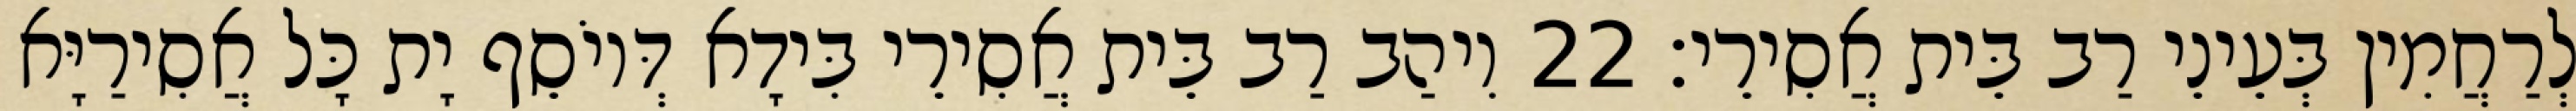
לְרַחֲמִין בְּעֵינֵי רַב בֵּית אֲסִירֵי׃ 22 וִיהַב רַב בֵּית אֲסִירֵי בִּידָא דְּיוֹסֵף יָת כָּל אֲסִירַיָּא